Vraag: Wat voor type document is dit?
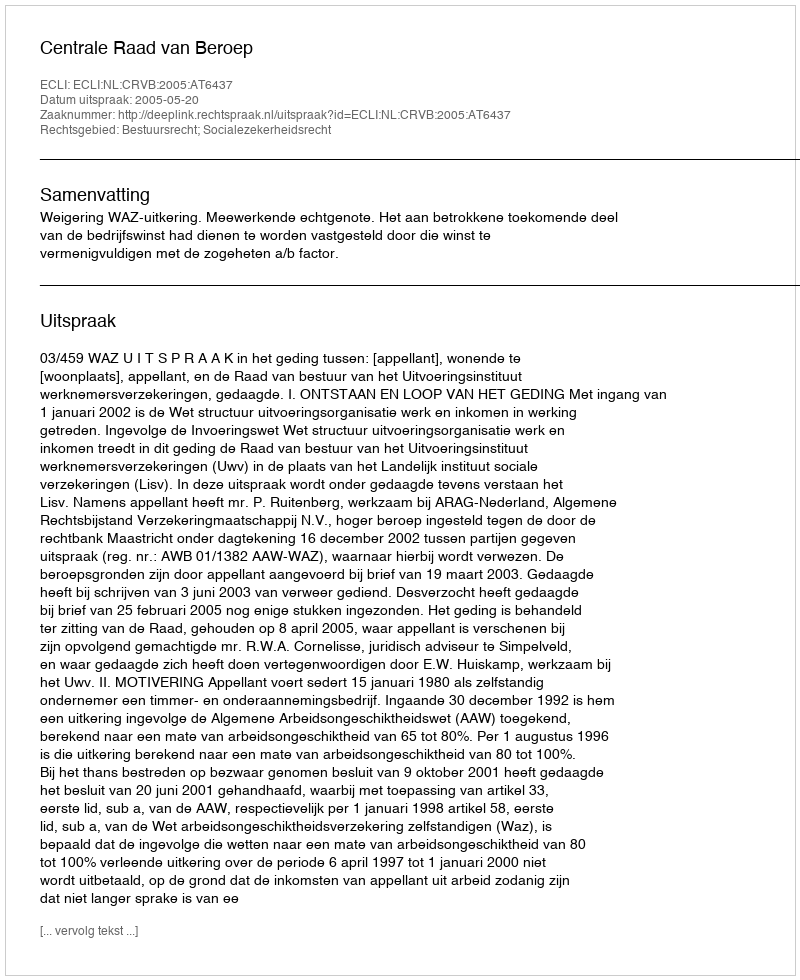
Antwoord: Uitspraak